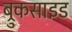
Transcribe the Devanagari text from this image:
ब्रुकसाइड